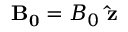
\mathbf { B _ { 0 } } = B _ { 0 } \ \mathbf { \hat { z } }